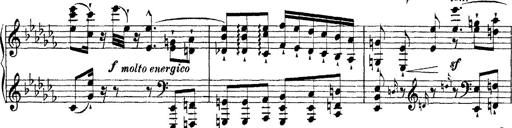
Title: Ã‰tudes d'exÃ©cution transcendante d'aprÃ¨s Paganini
Composer: Franz Liszt